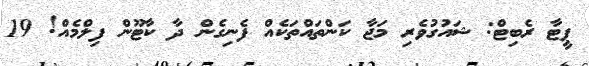
ޕީޓާ ރެބިޓް: ޝައުގުވެރި މަޖާ ކަންތައްތަކެއް ފެނިގެން ދާ ކާޓޫން ފިލްމެއް! 19